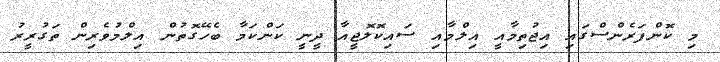
މި ކޮންފަރެންސްގައި އިޖުތިމާއީ އިލްމާއި ސައިކޮލޮޖީއާ ދީނީ ކަންކަމާ ބެހޭގޮތުން އިލްމުވެރިން ތަގުރީރު